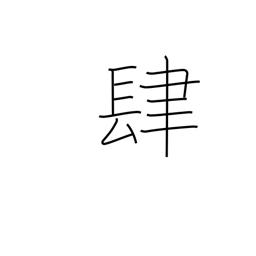
Meaning: four